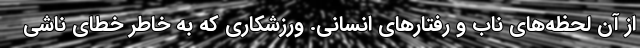
از آن لحظه‌هاى ناب و رفتارهاى انسانی. ورزشكارى كه به خاطر خطاى ناشى